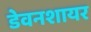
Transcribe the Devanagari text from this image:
डेवनशायर